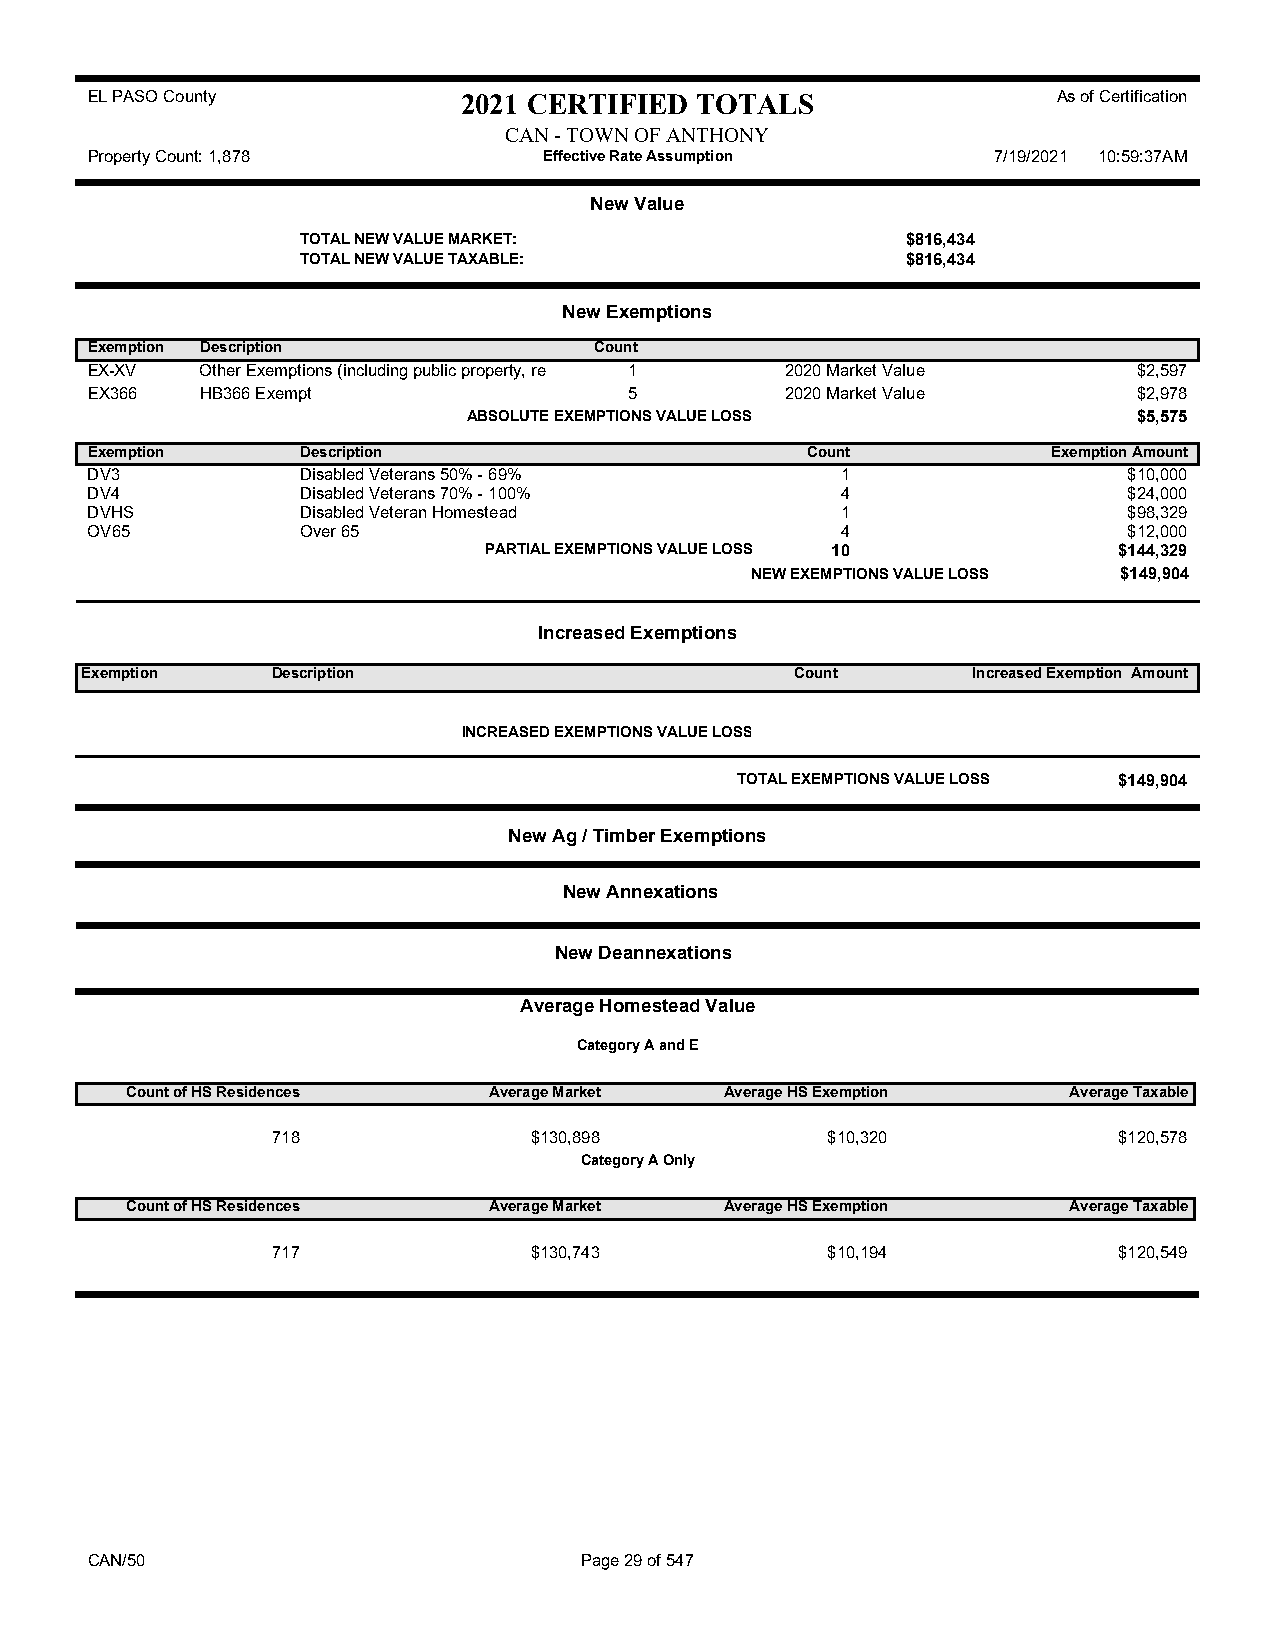
EL PASO County           2021 CERTIFIED TOTALS                  As of Certification
 CAN - TOWN OF ANTHONY
 Property Count: 1,878         Effective Rate Assumption     7/19/2021 10:59:37AM
 New Value
 TOTAL NEW VALUE MARKET:                 $816,434
 TOTAL NEW VALUE TAXABLE:                $816,434
 New Exemptions
 Exemption Description            Count
 EX-XV  Other Exemptions (including public property, re 1 2020 Market Value $2,597
 EX366  HB366 Exempt                 5         2020 Market Value      $2,978
 ABSOLUTE EXEMPTIONS VALUE LOSS              $5,575
 Exemption     Description                      Count            Exemption Amount
 DV3           Disabled Veterans 50% - 69%         1                  $10,000
 DV4           Disabled Veterans 70% - 100%        4                  $24,000
 DVHS          Disabled Veteran Homestead          1                  $98,329
 OV65          Over 65                             4                  $12,000
 PARTIAL EXEMPTIONS VALUE LOSS 10          $144,329
 NEW EXEMPTIONS VALUE LOSS $149,904
 Increased Exemptions
 Exemption    Description                        Count      Increased Exemption Amount
 INCREASED EXEMPTIONS VALUE LOSS
 TOTAL EXEMPTIONS VALUE LOSS $149,904
 New Ag / Timber Exemptions
 New Annexations
 New Deannexations
 Average Homestead Value
 Category A and E
 Count of HS Residences  Average Market  Average HS Exemption   Average Taxable
 718              $130,898            $10,320            $120,578
 Category A Only
 Count of HS Residences  Average Market  Average HS Exemption   Average Taxable
 717              $130,743            $10,194            $120,549
 CAN/50                          Page 29 of 547